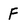
Character: F